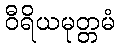
ဝီရိယမုတ္တမံ